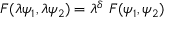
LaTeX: F ( \lambda \psi _ { 1 } , \lambda \psi _ { 2 } ) = \lambda ^ { \delta } ~ F ( \psi _ { 1 } , \psi _ { 2 } )